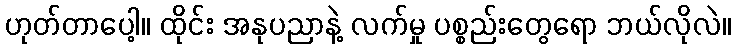
ဟုတ်တာပေါ့။ ထိုင်း အနုပညာနဲ့ လက်မှု ပစ္စည်းတွေရော ဘယ်လိုလဲ။